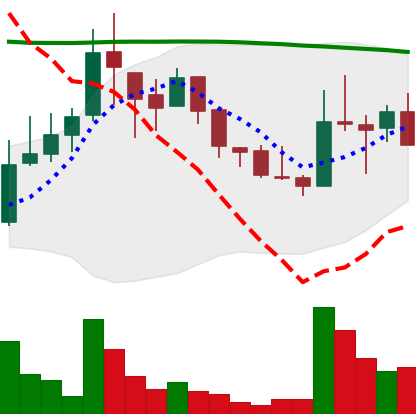
Ticker: LINK-USD
Chart end date: 2018-08-13
Forward return: 5.41%
Label: up_5_7